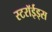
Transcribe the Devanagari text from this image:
स्टरॉईड्स